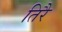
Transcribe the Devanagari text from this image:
तिरै